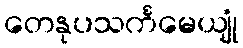
တေနုပသင်္ကမေယျုံ